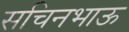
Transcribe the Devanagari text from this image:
सचिनभाऊ